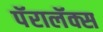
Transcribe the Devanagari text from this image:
पॅरालॅक्स